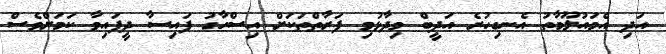
އަދި އެމައުލޫމާތު އެނގިހުރެ އަދީބް ވިދާޅުވި ފަރާތްތަކަށް އިސްހާގު ފައިސާ ދީފައިވާ ކަމަށްވެސް